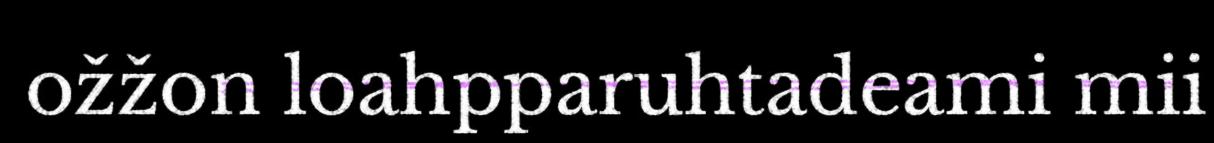
ožžon loahpparuhtadeami mii